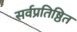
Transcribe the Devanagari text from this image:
सर्वप्रतिष्ठित